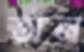
তাঁন